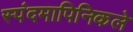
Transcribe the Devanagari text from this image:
स्पंदमापिनिकले